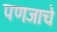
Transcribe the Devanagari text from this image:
पणजाचे